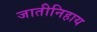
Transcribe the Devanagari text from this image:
जातीनिहाय